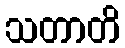
သတာတိ